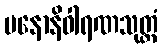
မနောနိဝါရဏသုတ္တံ